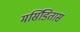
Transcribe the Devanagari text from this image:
मर्सिडितास